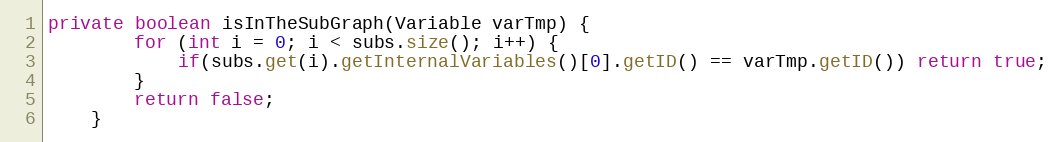
Language: Java
private boolean isInTheSubGraph(Variable varTmp) {
		for (int i = 0; i < subs.size(); i++) {
			if(subs.get(i).getInternalVariables()[0].getID() == varTmp.getID()) return true;
		}
		return false;
	}